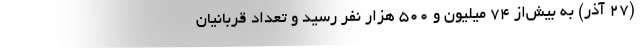
(۲۷ آذر) به بیش‌از ۷۴ میلیون و ۵۰۰ هزار نفر رسید و تعداد قربانیان